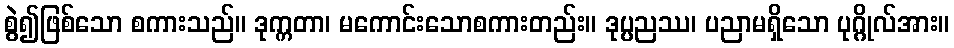
စွဲ၍ဖြစ်သော စကားသည်။ ဒုက္ကတာ၊ မကောင်းသောစကားတည်း။ ဒုပ္ပညဿ၊ ပညာမရှိသော ပုဂ္ဂိုလ်အား။